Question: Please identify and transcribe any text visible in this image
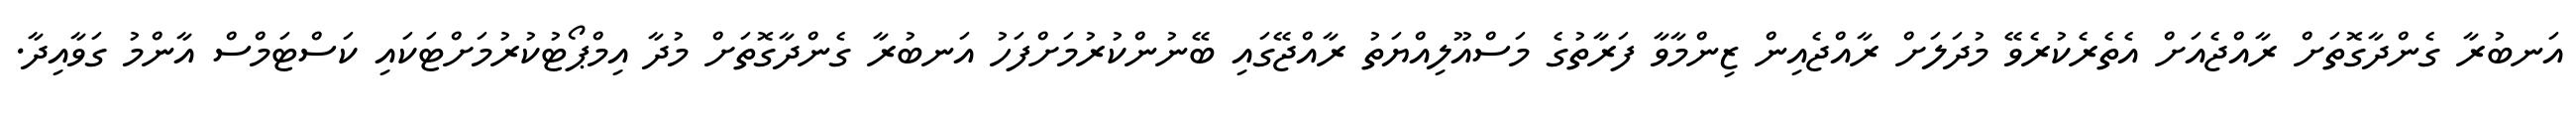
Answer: އަނބުރާ ގެންދާގޮތަށް ރާއްޖެއަށް އެތެރެކުރެވޭ މުދަލަށް ރާއްޖެއިން ޒިންމާވާ ފަރާތުގެ މަސްއޫލިއްޔަތު ރާއްޖޭގައި ބޭނުންކުރުމަށްފަހު އަނބުރާ ގެންދާގޮތަށް މުދާ އިމްޕޯޓުކުރުމަށްޓަކައި ކަސްޓަމްސް އާންމު ގަވާއިދާ.